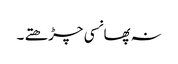
نہ پھانسی چڑھتے ۔